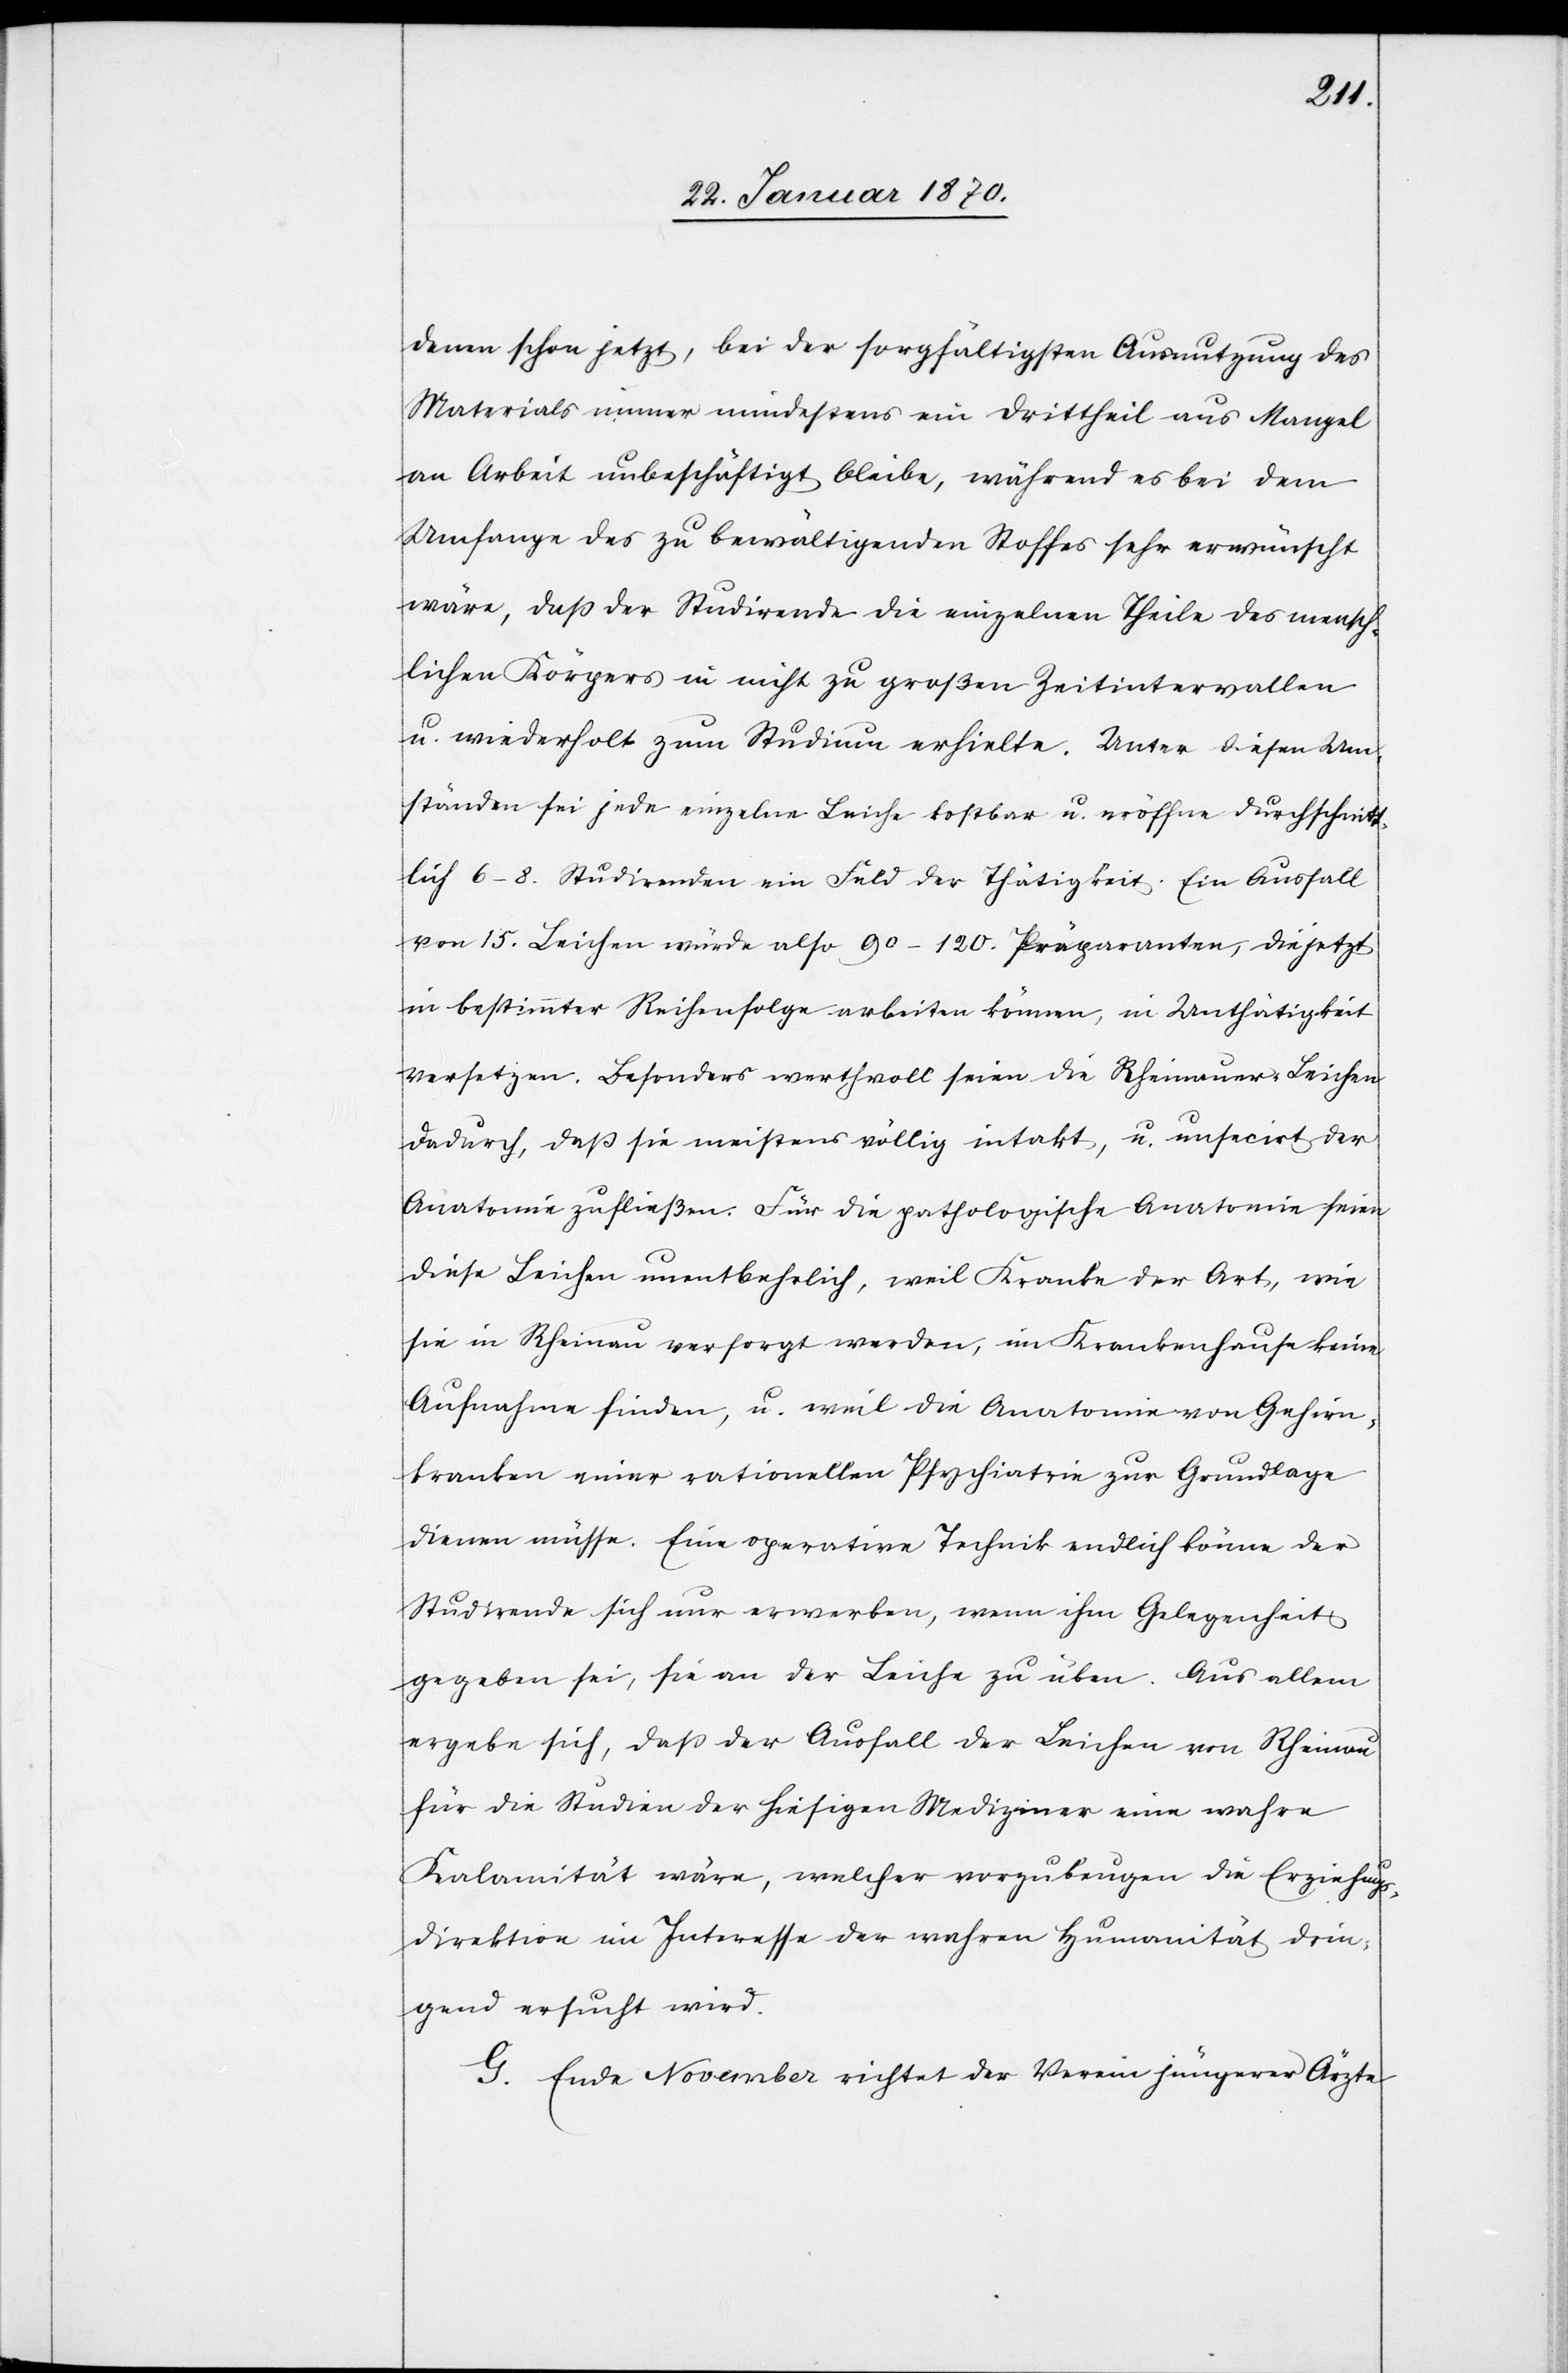
denen schon jetzt, bei der sorgfältigsten Ausnutzung des
Materials immer mindestens ein Drittheil aus Mangel
an Arbeit unbeschäftigt bleibe, während es bei dem
Umfange des zu bewältigenden Stoffes sehr erwünscht
wäre, daß der Studirende die einzelnen Theile des mensch¬
lichen Körpers in nicht zu großen Zeitintervallen
u. wiederholt zum Studium erhielte. Unter diesen Um¬
ständen sei jede einzelne Leiche kostbar u. eröffne durchschnitt¬
lich 6–8. Studirenden ein Feld der Thätigkeit. Ein Ausfall
von 15. Leichen würde also 90–120. Präparanten, die jetzt
in bestimmter Reihenfolge arbeiten können, in Unthätigkeit
versetzen. Besonders werthvoll seien die Rheinauer-Leichen
dadurch, daß sie meistens völlig intakt, u. unsecirt der
Anatomie zufließen. Für die pathologische Anatomie seien
diese Leichen unentbehrlich, weil Kranke der Art, wie
sie in Rheinau versorgt werden, im Krankenhause keine
Aufnahme finden, u. weil die Anatomie von Gehirn¬
kranken einer rationellen Psychiatrie zur Grundlage
dienen müsse. Eine operative Technik endlich könne der
Studirende sich nur erwerben, wenn ihm Gelegenheit
gegeben sei, sich an der Leiche zu üben. Aus allem
ergebe sich, daß der Ausfall der Leichen von Rheinau
für die Studien der hiesigen Mediziner eine wahre
Kalamität wäre, welcher vorzubeugen die Erziehungs¬
direktion im Interesse der wahren Humanität drin¬
gend ersucht wird.
G. Ende November richtet der Verein jüngerer Ärzte